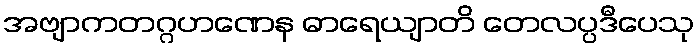
အဗျာကတဂ္ဂဟဏေန ဓာရေယျာတိ တေလပ္ပဒီပေသု